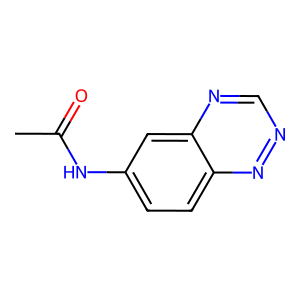
SMILES: CC(=O)Nc1ccc2nncnc2c1
Inhibits HIV replication: No